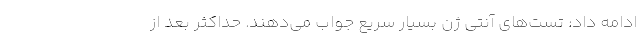
ادامه داد: تست‌های آنتی ژن بسیار سریع جواب می‌دهند. حداکثر بعد از